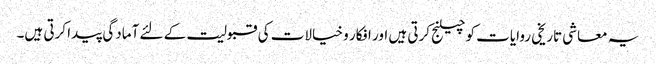
یہ معاشی تاریخی روایات کو چیلنج کرتی ہیں اور افکار و خیالات کی قبولیت کے لئے آمادگی پیدا کرتی ہیں۔